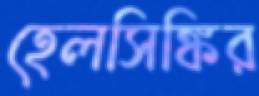
হেলসিঙ্কির